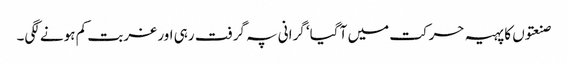
صنعتوں کا پہیہ حرکت میں آ گیا‘ گرانی پہ گرفت رہی اور غربت کم ہونے لگی۔